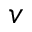
v